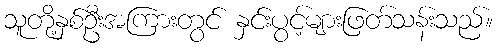
သူတို့နှစ်ဦးအကြားတွင် နှင်းပွင့်များဖြတ်သန်းသည်။